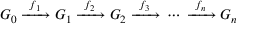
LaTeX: G _ { 0 } \; { \xrightarrow { \ f _ { 1 } \ } } \; G _ { 1 } \; { \xrightarrow { \ f _ { 2 } \ } } \; G _ { 2 } \; { \xrightarrow { \ f _ { 3 } \ } } \; \cdots \; { \xrightarrow { \ f _ { n } \ } } \; G _ { n }